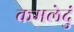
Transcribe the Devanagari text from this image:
कमलेदुं